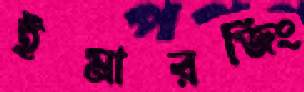
ইমারজিং